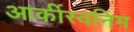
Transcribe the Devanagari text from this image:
आर्कीस्वनिम